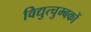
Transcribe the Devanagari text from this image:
विद्युत्चुम्बकों